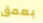
بعمق